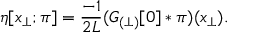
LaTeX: \eta [ x _ { \perp } ; \pi ] = \frac { - 1 } { 2 L } ( { \cal G } _ { ( \perp ) } [ 0 ] \ast \pi ) ( x _ { \perp } ) .